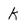
Character: K